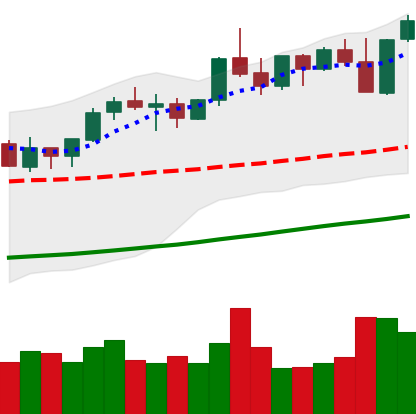
Ticker: ETH-USD
Chart end date: 2021-10-29
Forward return: 4.359%
Label: up_3_5